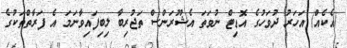
(އެކެއް) އަހަރު ދުވަހުގެ އޮޑިޓް ނުވަތަ އެޝޫރަންސް ތަޖުރިބާ ލިބިފައިވާނަމަ އެ ފަރާތްތަކުގެ